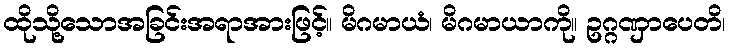
ထိုသို့သောအခြင်းအရာအားဖြင့်။ မိဂမာယံ၊ မိဂမာယာကို။ ဥဂ္ဂဏှာပေတိ၊